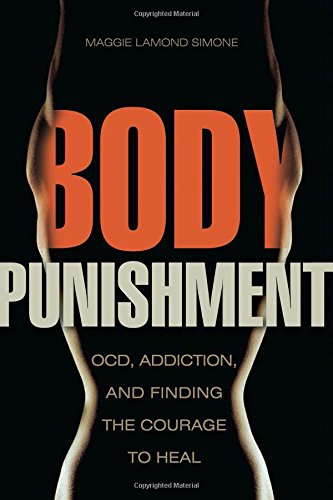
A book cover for Body Punishment: OCD, Addiction, and Finding the Courage to Heal; Maggie Lamond Simone; Health, Fitness & Dieting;